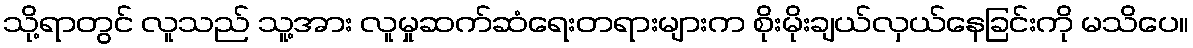
သို့ရာတွင် လူသည် သူ့အား လူမှုဆက်ဆံရေးတရားများက စိုးမိုးချယ်လှယ်နေခြင်းကို မသိပေ။